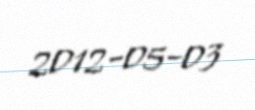
2012-05-03